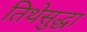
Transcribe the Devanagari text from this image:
तिथेसुद्धा